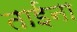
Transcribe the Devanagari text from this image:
ताईना